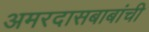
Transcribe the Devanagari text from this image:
अमरदासबाबांची